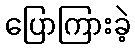
ပြောကြားခဲ့